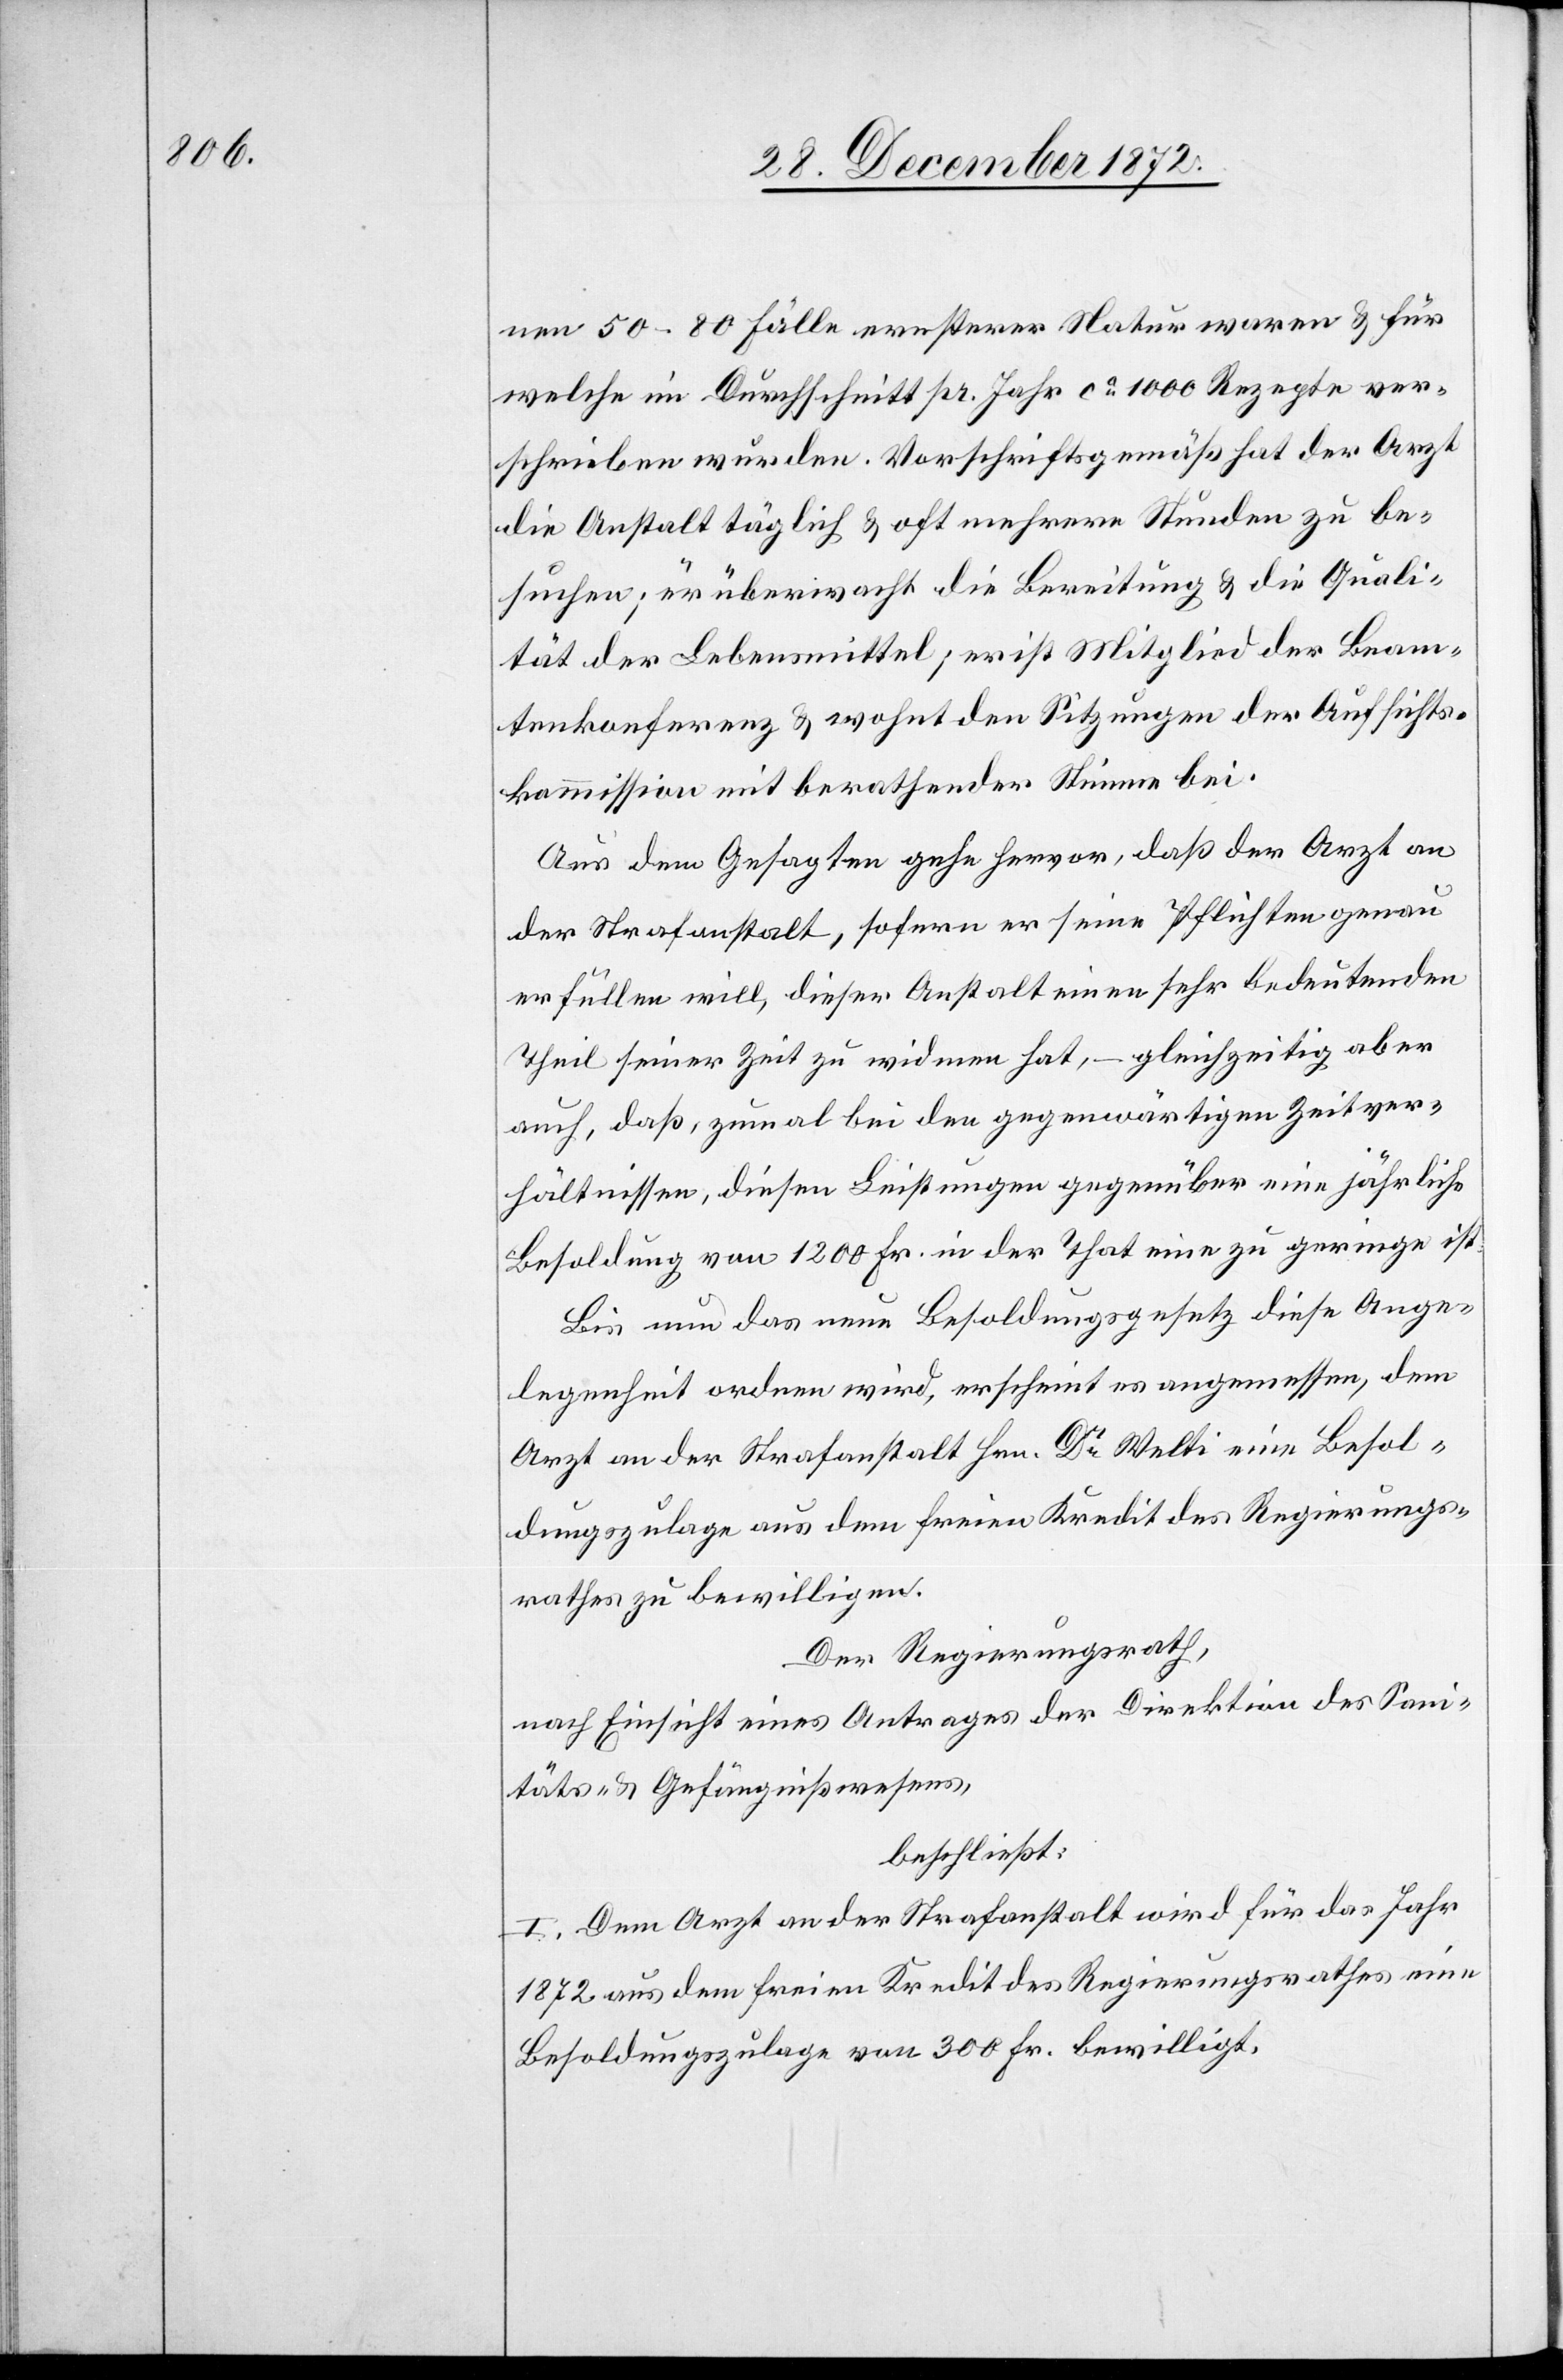
nen 50–80 Fälle ernsterer Natur waren u. für
welche im Durchschnitt pr. Jahr ca 1000 Rezepte ver¬
schrieben wurden. Vorschriftsgemäß hat der Arzt
die Anstalt täglich u. oft mehrere Stunden zu be¬
suchen; er überwacht die Bereitung u. die Quali¬
tät der Lebensmittel; er ist Mitglied der Beam¬
tenkonferenz u. wohnt den Sitzungen der Aufsichts¬
kommission mit berathender Stimme bei.
Aus dem Gesagten gehe hervor, daß der Arzt an
der Strafanstalt, sofern er seine Pflichten genau
erfüllen will, dieser Anstalt einen sehr bedeutenden
Theil seiner Zeit zu widmen hat, – gleichzeitig aber
auch, daß, zumal bei den gegenwärtigen Zeitver¬
hältnissen, diesen Leistungen gegenüber eine jährliche
Besoldung von 1200 Fr. in der That eine zu geringe ist.
Bis nun das neue Besoldungsgesetz diese Ange¬
legenheit ordnen wird, erscheint es angemessen, dem
Arzt an der Strafanstalt Hrn. Dr Welti eine Besol¬
dungszulage aus dem freien Kredit des Regierungs¬
rathes zu bewilligen.
Der Regierungsrath,
nach Einsicht eines Antrages der Direktion des Sani¬
täts- u. Gefängnißwesens,
beschließt:
I. Dem Arzt an der Strafanstalt wird für das Jahr
1872 aus dem freien Kredit des Regierungsrathes eine
Besoldungszulage von 300 Fr. bewilligt.